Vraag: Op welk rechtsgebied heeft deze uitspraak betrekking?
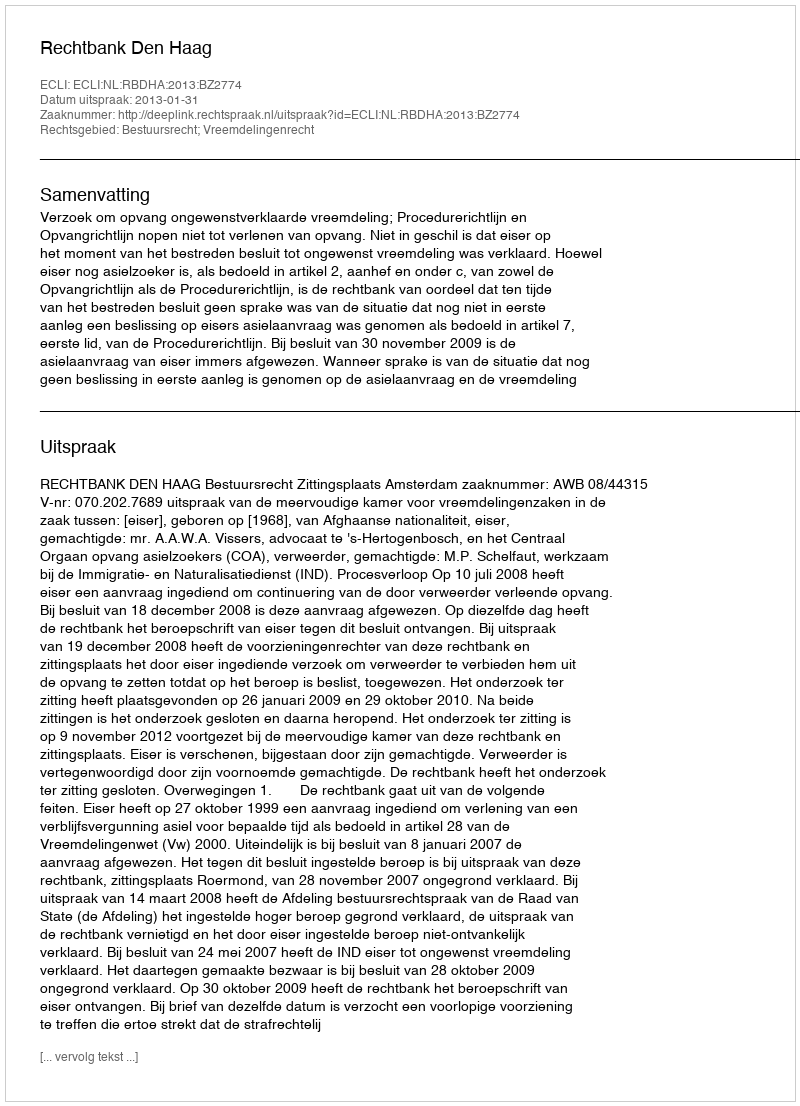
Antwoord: Bestuursrecht; Vreemdelingenrecht